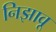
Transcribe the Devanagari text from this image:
निझावू